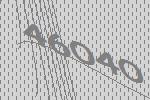
46040